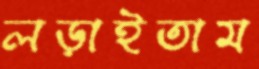
লড়াইতাম